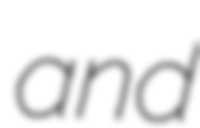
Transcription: and